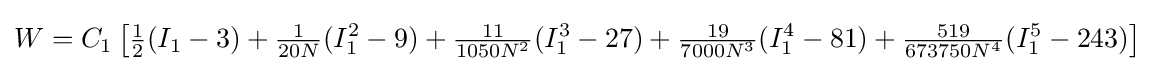
W=C_{1}\left[{\tfrac {1}{2}}(I_{1}-3)+{\tfrac {1}{20N}}(I_{1}^{2}-9)+{\tfrac {11}{1050N^{2}}}(I_{1}^{3}-27)+{\tfrac {19}{7000N^{3}}}(I_{1}^{4}-81)+{\tfrac {519}{673750N^{4}}}(I_{1}^{5}-243)\right]